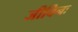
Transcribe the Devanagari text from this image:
जीविनः